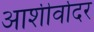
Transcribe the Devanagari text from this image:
आशीर्वादर